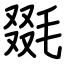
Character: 毲